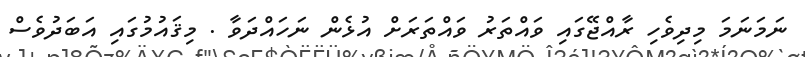
ނަމަނަމަ މިދިވެހި ރާއްޖޭގައި ވައްތަރު ވައްތަރަށް އުޅެން ނަހައްދަވާ . މިޤައުމުގައި އަބަދުވެސް